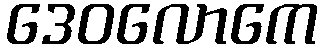
ဒေဝလောကေ